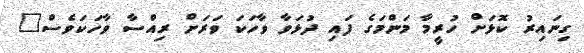
ގިނައިރު ކޮޅަށް ހުރީމާ މަންމަގެ ފައި ދުޅަވާ ވާހަކަ ވަރަށް ރިއްސާ ވާހަކަވެސް"